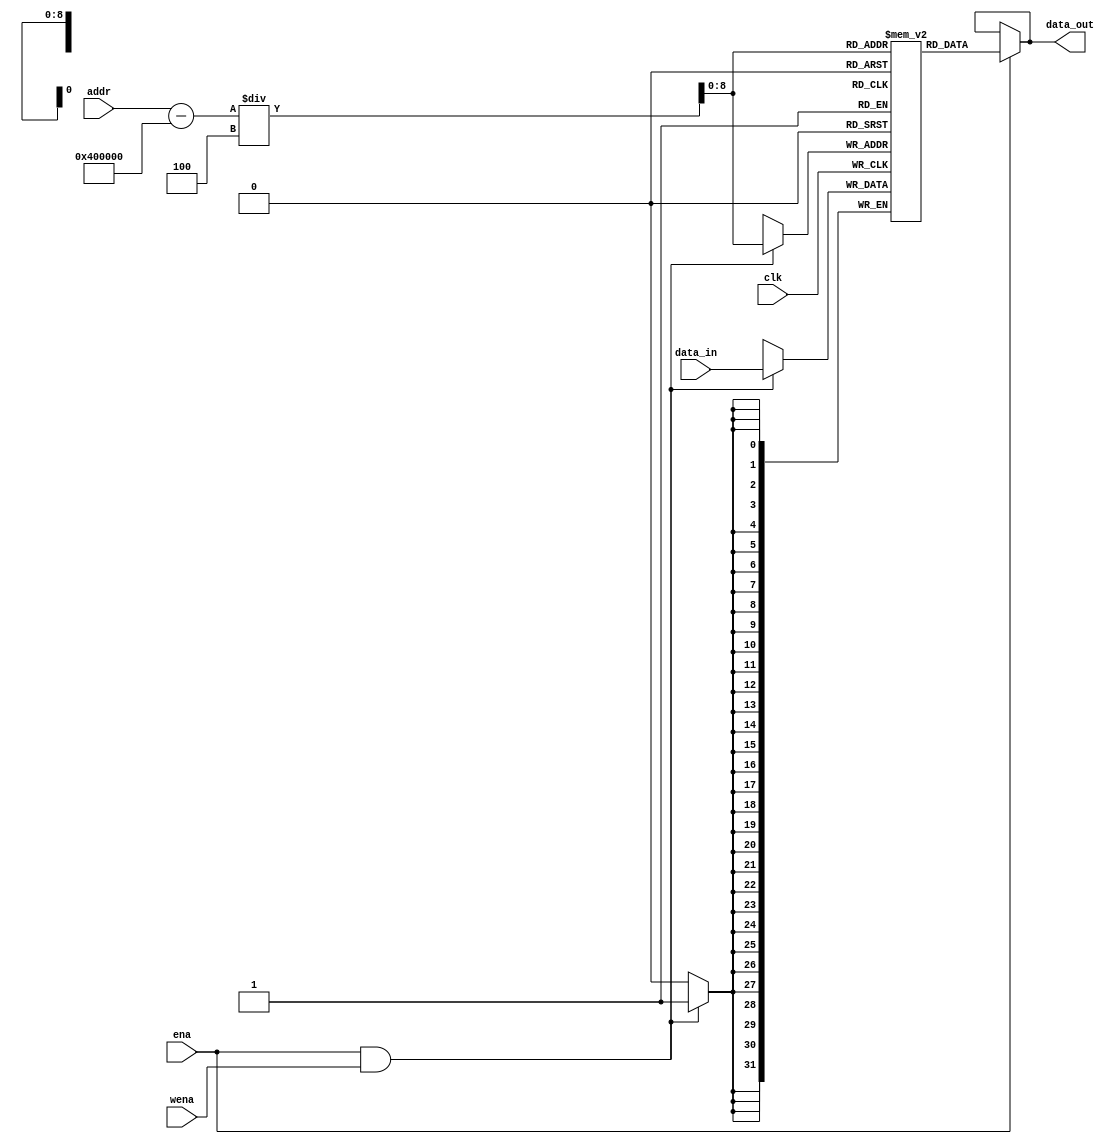
`timescale 1ns / 1ps
//////////////////////////////////////////////////////////////////////////////////
// Company: 
// Engineer: 
// 
// Design Name: 
// Module Name: IMEM
// Project Name: 
// Target Devices: 
// Tool Versions: 
// Description: 
// 
// Dependencies: 
// 
// Revision:
// Revision 0.01 - File Created
// Additional Comments:
// 
//////////////////////////////////////////////////////////////////////////////////


module MEM(
    input clk,
    input ena,                          // 
    input wena,                         // 
    input [31:0] addr,
    input [31:0] data_in,
    output [31:0] data_out
    );
    parameter pos=32'h00400000;
    reg [31:0] RAM [2**9-1:0];          // Marstext0x004000000x004001ffdata0x100100000x100101ff,2^9;
    
    always @(negedge clk) begin         // 
        if(ena&wena) begin
            RAM[(addr-pos)/4]<=data_in;
        end
    end
    
    assign data_out=ena?RAM[(addr-pos)/4]:data_out;    // 
    
endmodule